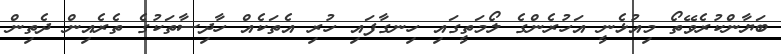
ބަޔާންކުރެވޭތޯ މިއުޅެނީ އަހުރެންގެ ލޯމަތީގައި ހިނގާފައި ހުރި އެތަކެއް ހާދިސާތަކުގެ ތެރެއިން ދެތިން